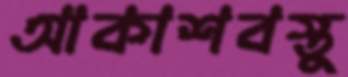
আকাশবস্তু